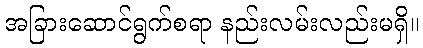
အခြားဆောင်ရွက်စရာ နည်းလမ်းလည်းမရှိ။